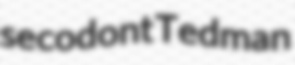
secodont Tedman